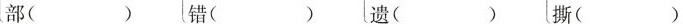
部( )错( )遗( )(撕()